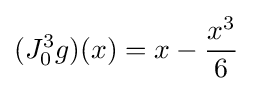
(J_{0}^{3}g)(x)=x-{\frac {x^{3}}{6}}